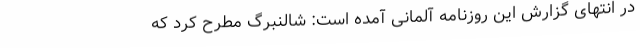
در انتهای گزارش این روزنامه آلمانی آمده است: شالنبرگ مطرح کرد که